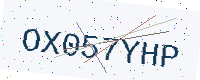
Text: OX057YHP